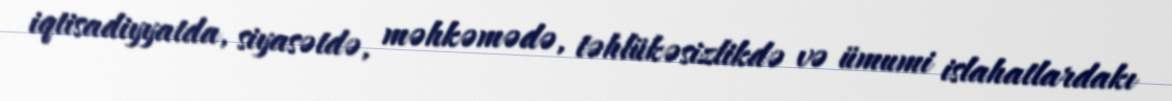
iqtisadiyyatda, siyasətdə, məhkəmədə, təhlükəsizlikdə və ümumi islahatlardakı